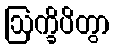
ဩက္ခိပိတွာ